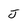
Character: J